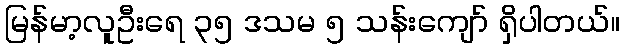
မြန်မာ့လူဦးရေ ၃၅ ဒသမ ၅ သန်းကျော် ရှိပါတယ်။